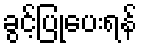
ခွင့်ပြုပေးရန်